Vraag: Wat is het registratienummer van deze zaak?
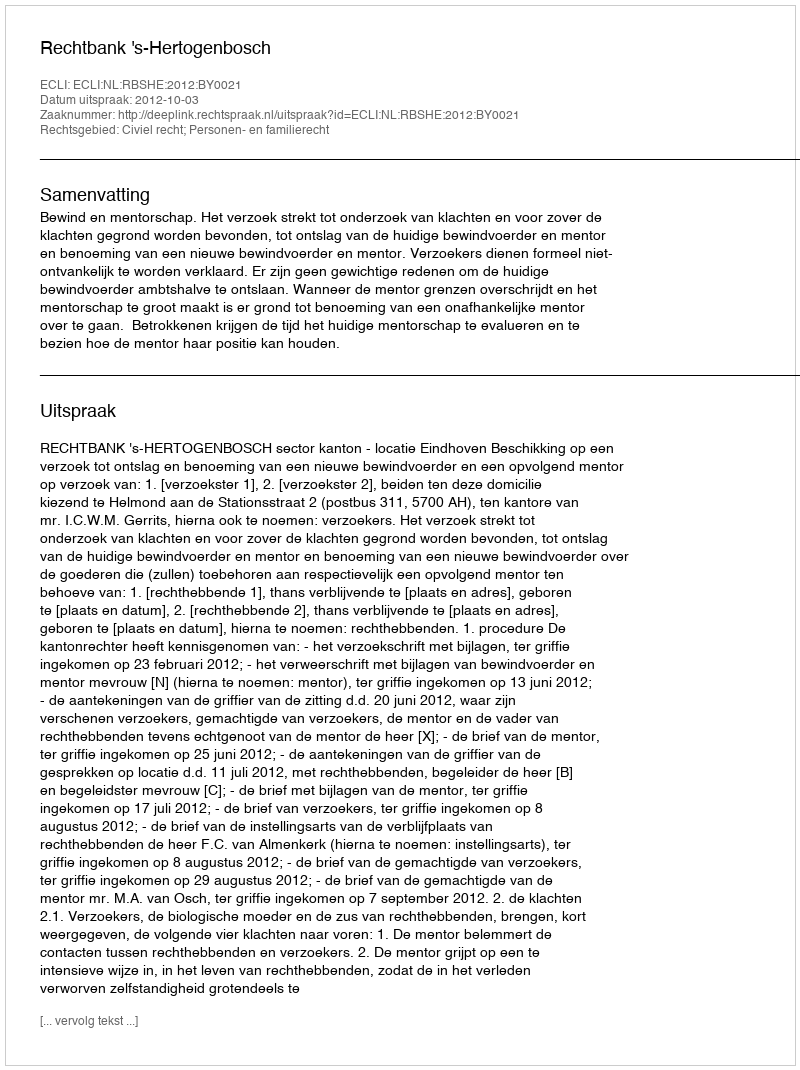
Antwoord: http://deeplink.rechtspraak.nl/uitspraak?id=ECLI:NL:RBSHE:2012:BY0021